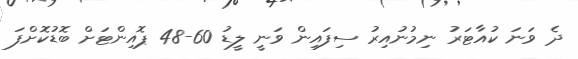
ދެ ވަނަ ކުއާޓަރު ނިމުނުއިރު ސިފައިން ވަނީ ލީޑު 60-48 ޕޮއިންޓަށް ބޮޑުކޮށްފަ